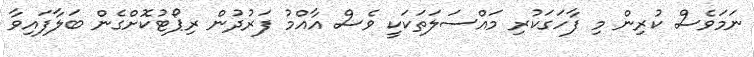
ނަމަވެސް ކުރިން މި ފާހަގަކުރި މައްސަލަތަކަކީ ވެސް އާއްމު ފަރުދުން ރިޕޯޓުކޮށްގެން ބަލާފައިވާ